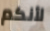
لأنكم